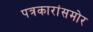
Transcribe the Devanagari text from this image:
पत्रकारांसमोर